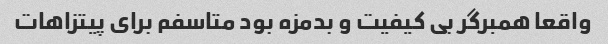
واقعا همبرگر بی کیفیت و بدمزه بود متاسفم برای پیتزاهات